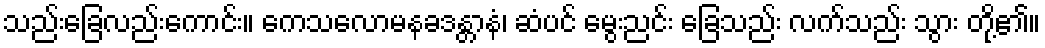
သည်းခြေလည်းကောင်း။ ကေသလောမနခဒန္တာနံ၊ ဆံပင် မွေးညင်း ခြေသည်း လက်သည်း သွား တို့၏။